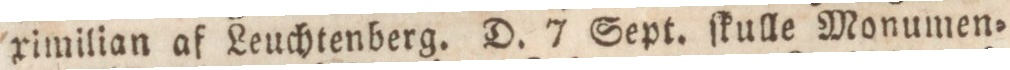
ximilian af Leuchtenberg. D. 7 Sept. ſkulle Monumen=